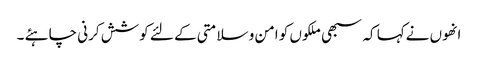
انھوں نےکہا کہ سبھی ملکوں کو امن و سلامتی کے لئے کوشش کرنی چاہئے ۔